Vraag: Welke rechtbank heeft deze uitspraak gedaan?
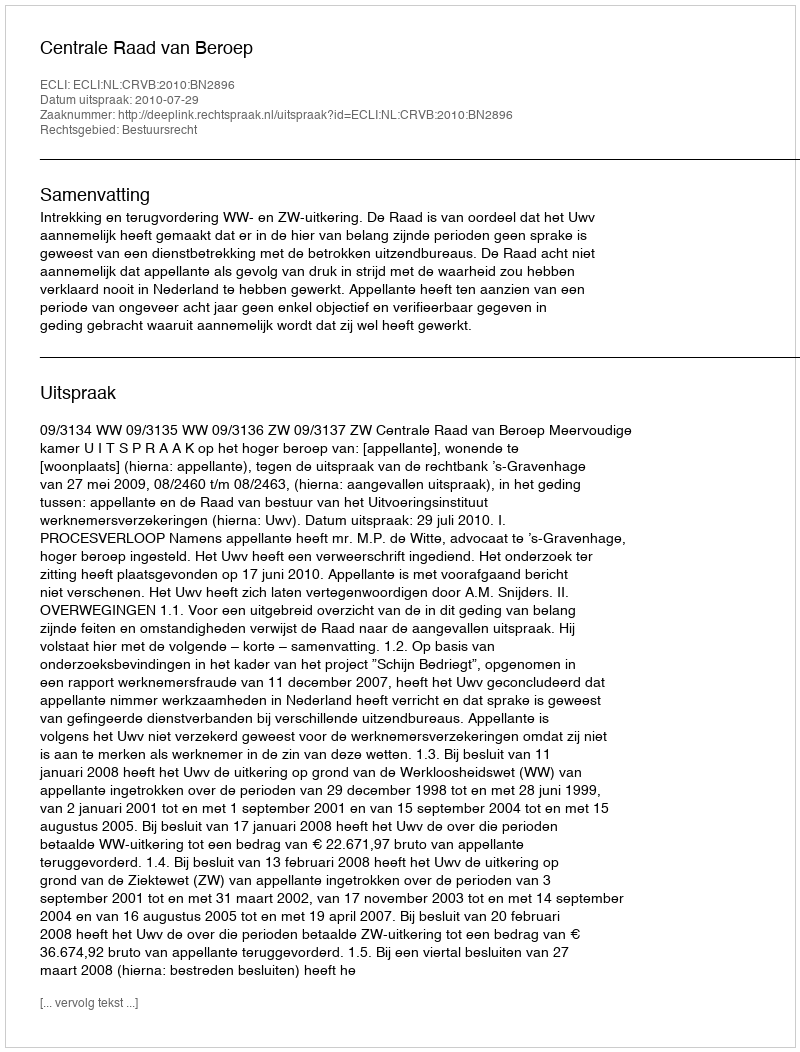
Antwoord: Centrale Raad van Beroep